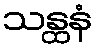
သန္ထနံ